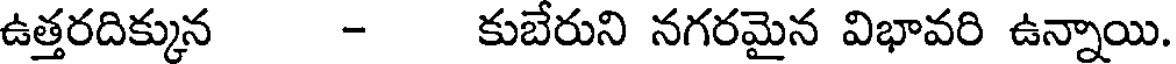
ఉత్తరదిక్కున - కుబేరుని నగరమైన విభావరి ఉన్నాయి.